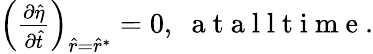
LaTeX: \begin{array}{r}{\left(\frac{\partial\hat{\eta}}{\partial\hat{t}}\right)_{\hat{r}=\hat{r}^{*}}=0,\; \mathrm{~a~t~a~l~l~t~i~m~e~}.}\end{array}